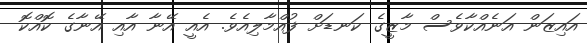
އައިޒަން އަނެއްކާވެސް މާޒީގެ ކަނޑަށް ފުއްމާލިއެވެ. އެއީ އޭނާ އާއި އޭނާގެ ކޮއްކޮ